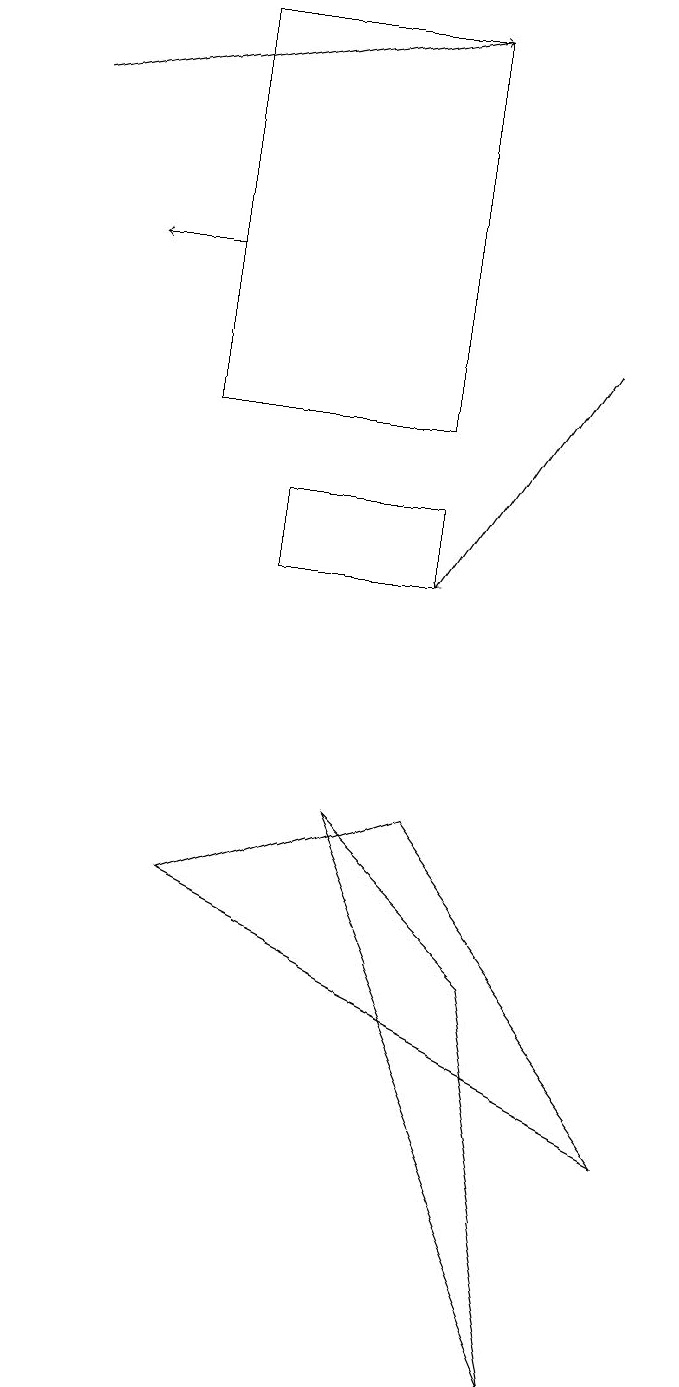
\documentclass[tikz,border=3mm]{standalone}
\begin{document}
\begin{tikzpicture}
\draw[->] (7,13) -- (5,10);
\draw (2,12) rectangle (5,17);
\draw[->] (0,16) -- (5,17);
\draw[->] (2,14) -- (1,14);
\draw (7,0) -- (6,5) -- (4,7) -- cycle;
\draw (8,3) -- (5,7) -- (2,6) -- cycle;
\draw (5,10) rectangle (3,11);
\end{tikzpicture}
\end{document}